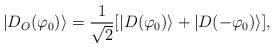
\begin{align*}| D_O (\varphi_0) \rangle = \frac{1}{\sqrt{2}} [ | D(\varphi_0) \rangle + | D( - \varphi_0) \rangle ] ,\end{align*}